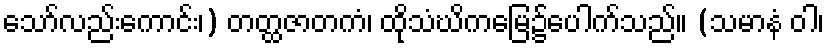
သော်လည်းကောင်း၊) တတ္ထဇာတကံ၊ ထိုသံဃိကမြေ၌ပေါက်သည်။ (သမာနံ ဝါ၊